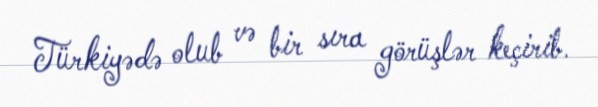
Türkiyədə olub və bir sıra görüşlər keçirib.